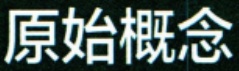
原始概念